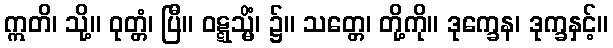
ဣတိ၊ သို့။ ဝုတ္တံ၊ ပြီ။ ဝဋ္ဋသ္မိံ၊ ၌။ သတ္တေ၊ တို့ကို။ ဒုက္ခေန၊ ဒုက္ခနှင့်။